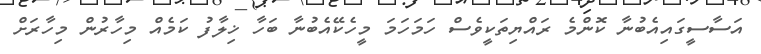
އަސާސީގައިއެބުނާ ކޮންމެ ރައްޔިތަކީވެސް ހަމަހަމަ މީހެކޭއެބުނާ ބަހާ ޚިލާފު ކަމެއް މިހާރުން މިހާރަށް